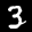
Label: 3